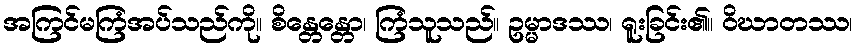
အကြင်မကြံအပ်သည်ကို။ စိန္တေန္တော၊ ကြံသူသည်။ ဥမ္မာဒဿ၊ ရူးခြင်း၏။ ဝိဃာတဿ၊